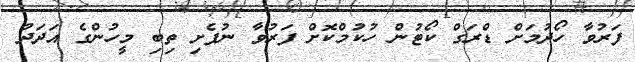
ފަރުވާ ހޯދުމަށް ޑްރަގް ކޯޓުން ހުކުމްކޮށް ފަރުވާ ނުފެށި ތިބި މީހުންގެ އަދަދު